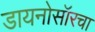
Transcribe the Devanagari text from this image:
डायनोसॉरचा